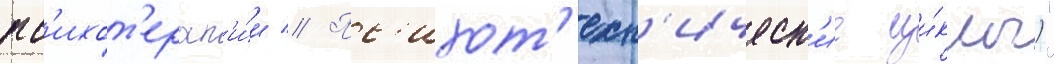
пс'ихот'ерап'и́и // Пс'ихот'ехн'ическ'ие ци́клы)"